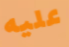
عليه